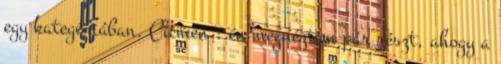
egy kategóriában. Cicmen.: én megnéztem pár részt, ahogy a